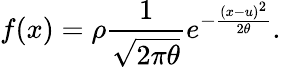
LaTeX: f(x)=\rho\frac{1}{\sqrt{2\pi\theta}}e^{-\frac{{(x-u)}^{2}}{2\theta}}.